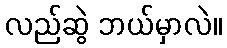
လည်ဆွဲ ဘယ်မှာလဲ။